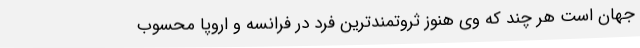
جهان است هر چند که وی هنوز ثروتمندترین فرد در فرانسه و اروپا محسوب